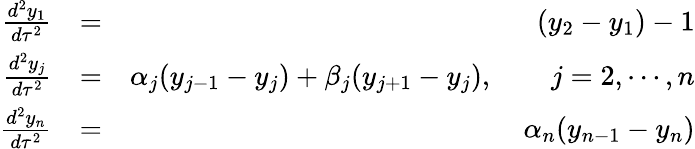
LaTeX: \begin{array}{rlr}{\frac{d^{2}y_{1}}{d\tau^{2}}}&{=}&{(y_{2}-y_{1})-1}\\ {\frac{d^{2}y_{j}}{d\tau^{2}}}&{=}&{\alpha_{j}(y_{j-1}-y_{j})+\beta_{j}(y_{j+1}-y_{j}),\qquad j=2,\cdots,n}\\ {\frac{d^{2}y_{n}}{d\tau^{2}}}&{=}&{\alpha_{n}(y_{n-1}-y_{n})}\end{array}